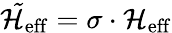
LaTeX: \mathcal{\tilde{H}}_{\mathrm{{eff}}}=\sigma\cdot\mathcal{H}_{\mathrm{{eff}}}